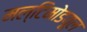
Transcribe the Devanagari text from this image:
मल्टिमोडयूल